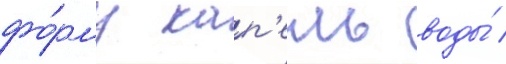
фо́рму кап'ель воды́ /